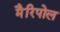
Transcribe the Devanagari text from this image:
मैरिपोल